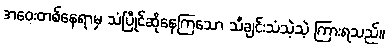
အဝေးတစ်နေရာမှ သံပြိုင်ဆိုနေကြသော သီချင်းသံသဲ့သဲ့ ကြားရသည်။